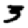
Digit: 3